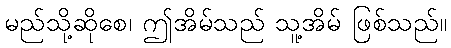
မည်သို့ဆိုစေ၊ ဤအိမ်သည် သူ့အိမ် ဖြစ်သည်။